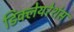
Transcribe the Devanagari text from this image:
डिक्लेयरेशंस